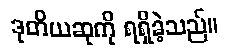
ဒုတိယဆုကို ရရှိခဲ့သည်။